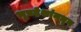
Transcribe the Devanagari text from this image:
भूप्रदेशांमधून